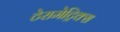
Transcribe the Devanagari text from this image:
टेरामेट्रिक्स